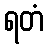
ရတံ